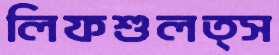
লিফশুলত্স